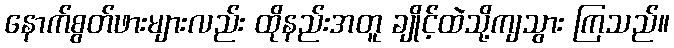
နောက်စွတ်ဖားများလည်း ထိုနည်းအတူ ချိုင့်ထဲသို့ကျသွား ကြသည်။